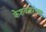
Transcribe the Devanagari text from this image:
केशवनारायण